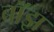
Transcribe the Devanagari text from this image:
बॉझ